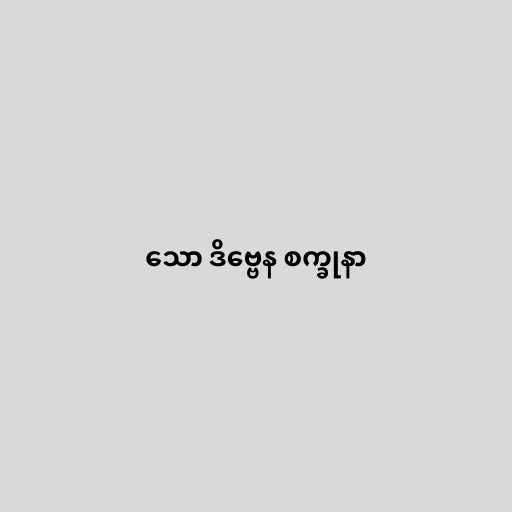
သော ဒိဗ္ဗေန စက္ခုနာ